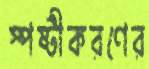
স্পষ্টীকরণের